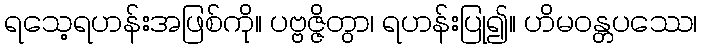
ရသေ့ရဟန်းအဖြစ်ကို။ ပဗ္ဗဇ္ဇိတွာ၊ ရဟန်းပြု၍။ ဟိမဝန္တပဿေ၊